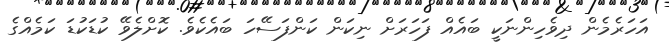
އަހަރެމެން ދިވެހިންނަކީ ބައެއް ފަހަރަށް ނިކަން ކަންފަސޭހަ ބައެކެވެ. ކޮށްލެވޭ ކުޑަކުޑަ ކަމެއްގެ